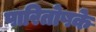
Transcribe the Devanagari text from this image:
पारितोषके